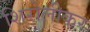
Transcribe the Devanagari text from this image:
शिरोलीकर